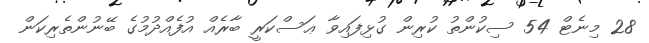
28 މިނެޓް 54 ސިކުންތު ކުރިން ގުޅިފައިވާ ޢަސްކަރީ ބާރެއް އުފެއްދުމުގެ ބޭނުންތެރިކަން